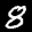
Label: 8